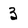
Character: 3